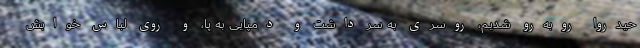
حیدروا روبه‌رو شدیم، روسری به سر داشت و دمپایی به پا، و روی لباس خوابش